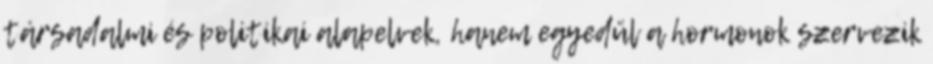
társadalmi és politikai alapelvek, hanem egyedül a hormonok szervezik